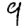
Digit: 9